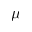
\mu